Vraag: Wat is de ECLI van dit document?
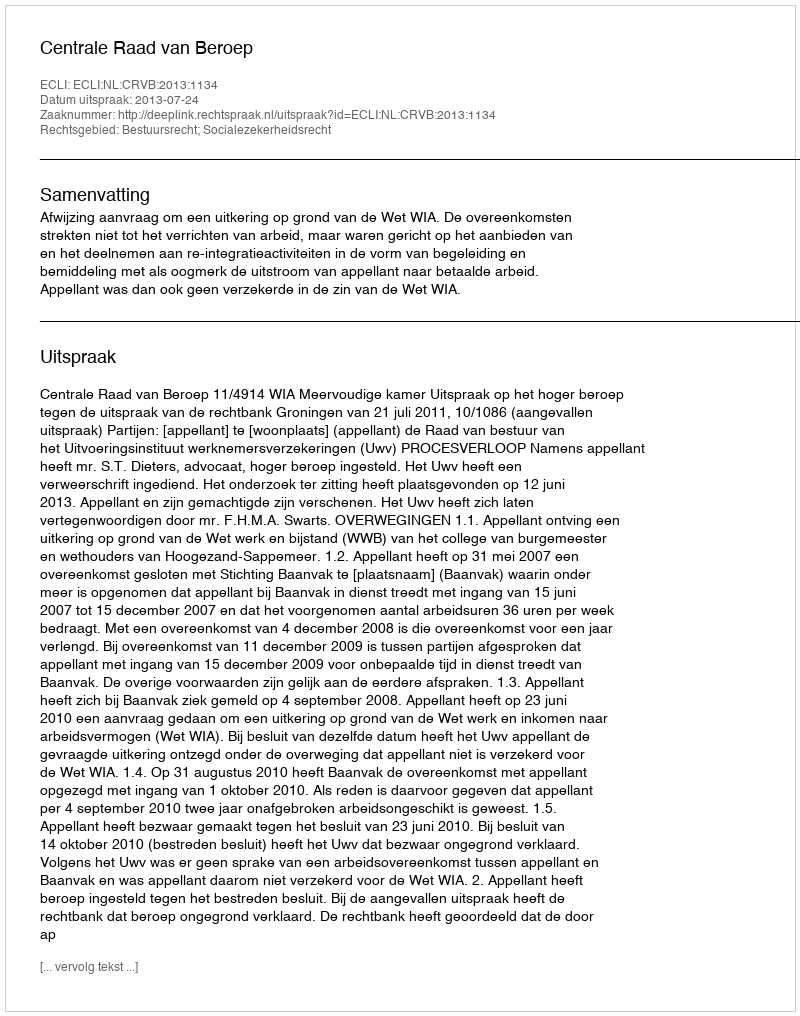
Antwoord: ECLI:NL:CRVB:2013:1134